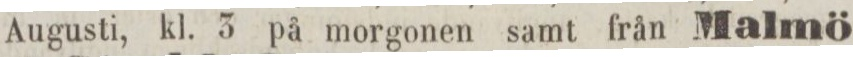
Augusti, kl. 3 på morgonen samt från Malmö